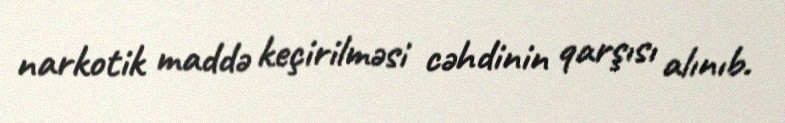
narkotik maddə keçirilməsi cəhdinin qarşısı alınıb.